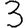
Digit: 3